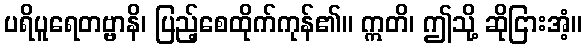
ပရိပူရေတဗ္ဗာနိ၊ ပြည့်စေထိုက်ကုန်၏။ ဣတိ၊ ဤသို့ ဆိုငြားအံ့။